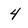
Character: 4